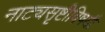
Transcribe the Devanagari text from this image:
नाट्यसृष्टीविषयी